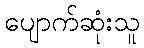
ပျောက်ဆုံးသူ